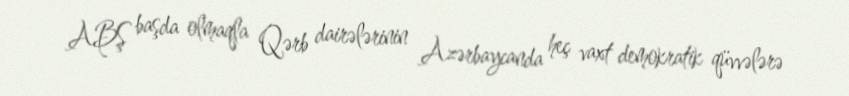
ABŞ başda olmaqla Qərb dairələrinin Azərbaycanda heç vaxt demokratik qüvvələrə